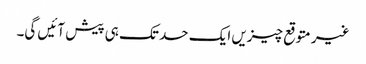
غیر متوقع چیزیں ایک حد تک ہی پیش آئیں گی۔